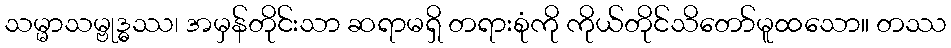
သမ္မာသမ္ဗုဒ္ဓဿ၊ အမှန်တိုင်းသာ ဆရာမရှိ တရားစုံကို ကိုယ်တိုင်သိတော်မူထသော။ တဿ